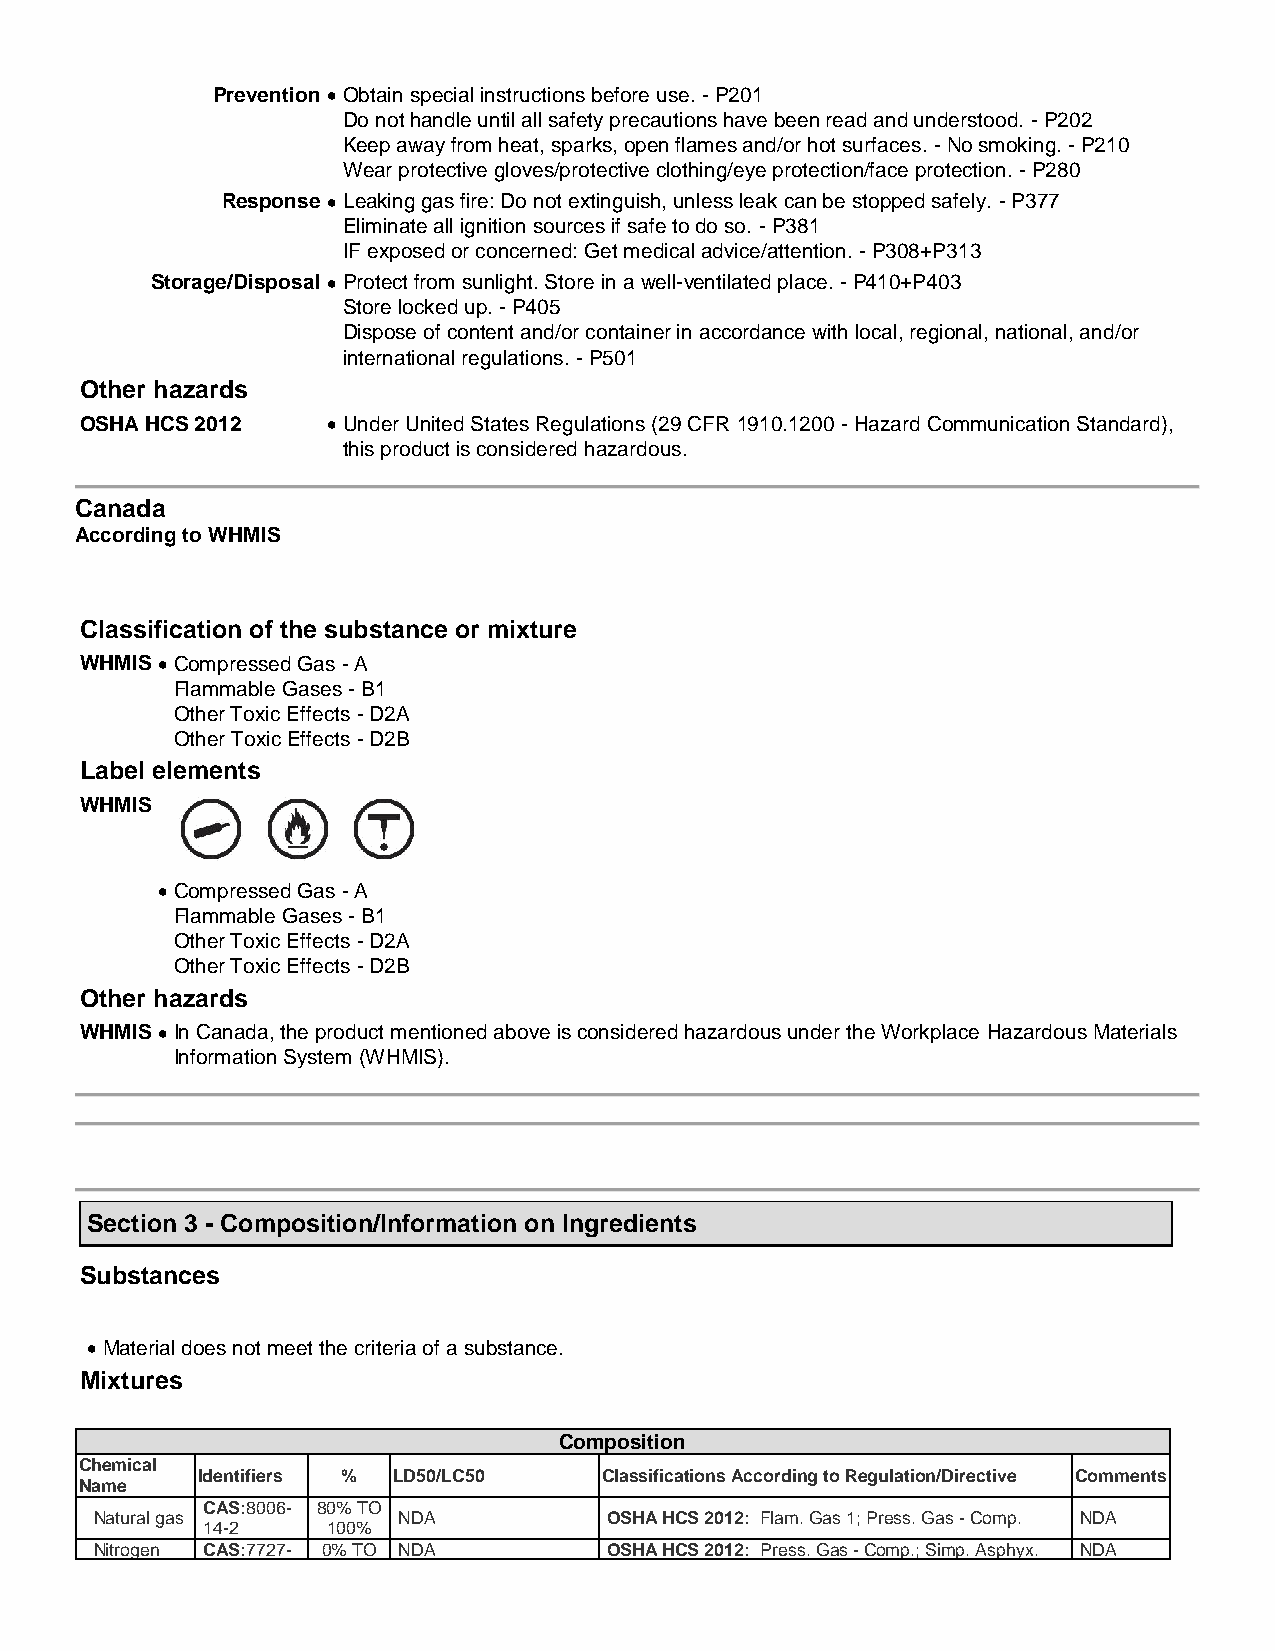
Prevention  O btain special instructions before use. - P201
 Do not handle until all safety precautions have been read and understood. - P202
 Keep away from heat, sparks, open flames and/or hot surfaces. - No smoking. - P210
 Wear protective gloves/protective clothing/eye protection/face protection. - P280
 Response  L eaking gas fire: Do not extinguish, unless leak can be stopped safely. - P377
 Eliminate all ignition sources if safe to do so. - P381
 IF exposed or concerned: Get medical advice/attention. - P308+P313
 Storage/Disposal  P rotect from sunlight. Store in a well-ventilated place. - P410+P403
 Store locked up. - P405
 Dispose of content and/or container in accordance with local, regional, national, and/or
 international regulations. - P501
 Other hazards
 OSHA HCS 2012     U nder United States Regulations (29 CFR 1910.1200 - Hazard Communication Standard),
 this product is considered hazardous.
 Canada
 According to WHMIS
 Classification of the substance or mixture
 WHMIS  C ompressed Gas - A
 Flammable Gases - B1
 Other Toxic Effects - D2A
 Other Toxic Effects - D2B
 Label elements
 WHMIS
  C ompressed Gas - A
 Flammable Gases - B1
 Other Toxic Effects - D2A
 Other Toxic Effects - D2B
 Other hazards
 WHMIS  I n Canada, the product mentioned above is considered hazardous under the Workplace Hazardous Materials
 Information System (WHMIS).
 Section 3 - Composition/Information on Ingredients
 Substances
  M aterial does not meet the criteria of a substance.
 Mixtures
 Composition
 Chemical
 Identifiers % LD50/LC50    Classifications According to Regulation/Directive Comments
 Name
 CAS:8006- 80% TO
 Natural gas         NDA           OSHA HCS 2012: Flam. Gas 1; Press. Gas - Comp. NDA
 14-2     100%
 Nitrogen CAS:7727- 0% TO NDA      OSHA HCS 2012: Press. Gas - Comp.; Simp. Asphyx. NDA